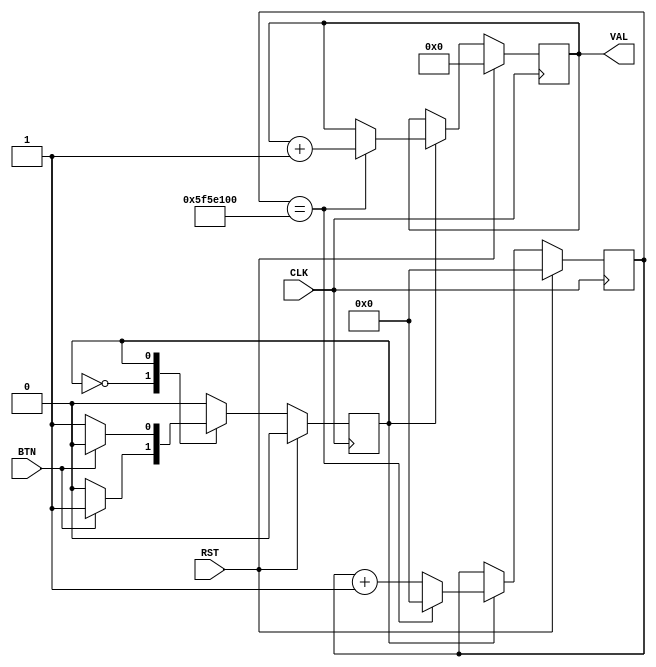
`default_nettype none
    module cnt(
        input wire CLK, RST, BTN,
        output wire [15:0] VAL     
    );

    parameter [31:0] CNT_FULL = 100_000_000;
    //parameter [31:0] CNT_FULL = 10;

    reg STAT;
    reg [15:0] VALr;
    reg [31:0] CNT;

    always @ (posedge CLK) begin
        if (RST) begin
            STAT <= 0;
            CNT <= 0;
            VALr <= 0;
        end else begin
            case (STAT)
            0: begin // idle STAT
                if (BTN) begin
                    STAT <= 1;
                end
            end

            1: begin // count any time and count up value
                CNT <= CNT + 1;
                if (CNT==CNT_FULL) begin
                    VALr <= VALr + 1;
                    CNT <= 0;
                end
                if (BTN) begin // count stop
                    STAT <= 0;
                end
            end

            default: begin
                STAT <= 0;
                VALr <= 0;
            end
            endcase
        end
    end

    assign VAL = VALr;

    endmodule
`default_nettype wire